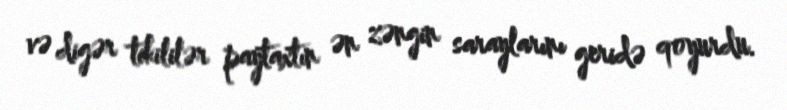
və digər tikililər paytaxtın ən zəngin saraylarını geridə qoyurdu.